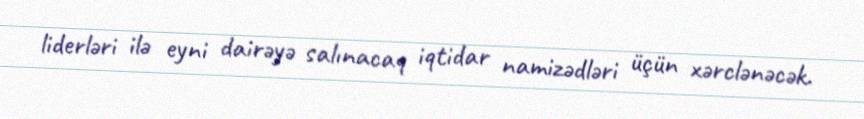
liderləri ilə eyni dairəyə salınacaq iqtidar namizədləri üçün xərclənəcək.